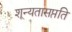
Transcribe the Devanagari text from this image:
शून्यतासप्तति